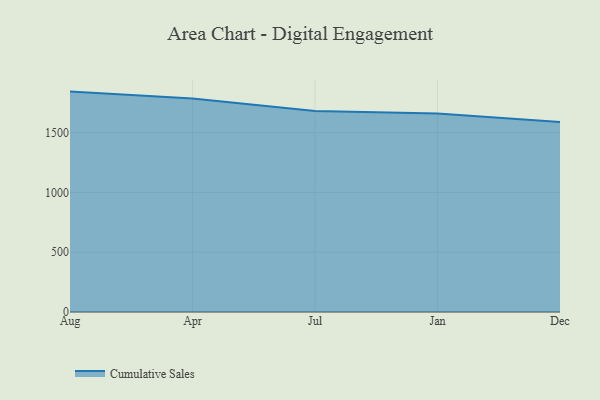
{"axis": {"x": "Month", "y": "Inventory Turnover"}, "legend": ["Cumulative Sales"], "data": [{"x": "Aug", "y": 1843.8, "type": "Cumulative Sales"}, {"x": "Apr", "y": 1785.6, "type": "Cumulative Sales"}, {"x": "Jul", "y": 1682.3, "type": "Cumulative Sales"}, {"x": "Jan", "y": 1661.5, "type": "Cumulative Sales"}, {"x": "Dec", "y": 1589.3, "type": "Cumulative Sales"}]}